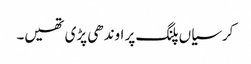
کرسیاں پلنگ پر اوندھی پڑی تھیں۔